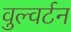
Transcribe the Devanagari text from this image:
वुल्वर्टन